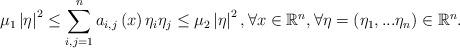
LaTeX: \begin{align*}\mu _{1}\left\vert \eta \right\vert ^{2}\leq \displaystyle\sum\limits_{i,j=1}^{n}a_{i,j}\left( x\right) \eta _{i}\eta _{j}\leq \mu_{2}\left\vert \eta \right\vert ^{2},\forall x\in \mathbb{R}^{n},\forall\eta =\left( \eta _{1},...\eta _{n}\right) \in \mathbb{R}^{n}. \end{align*}